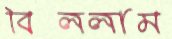
বিললাম